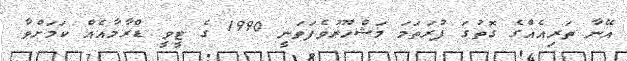
އޭނާ ތަރިއެއްގެ ގޮތުގަ ފުރަތަމަ މަޝްހޫރުވެފަވަނީ 1990 ގެ ޓީވީ ޑްރާމާއެއް ކަމަށްވާ